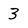
Character: 3